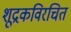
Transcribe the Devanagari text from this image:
शूद्रकविरचित